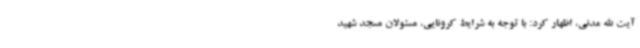
آیت الله مدنی، اظهار کرد: با توجه به شرایط کرونایی، مسئولان مسجد شهید